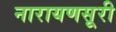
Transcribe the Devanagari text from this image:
नारायणसूरी